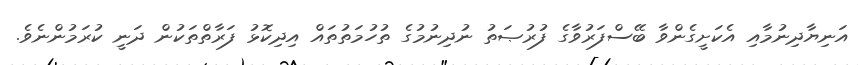
އަނިޔާދިނުމާއި އެކަށީގެންވާ ބޭސްފަރުވާގެ ފުރުޞަތު ނުދިނުމުގެ ތުހުމަތުތައް އިދިކޮޅު ފަރާތްތަކުން ދަނީ ކުރަމުންނެވެ.